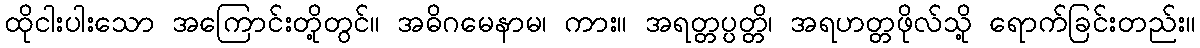
ထိုငါးပါးသော အကြောင်းတို့တွင်။ အဓိဂမေနာမ၊ ကား။ အရတ္တပ္ပတ္တိ၊ အရဟတ္တဖိုလ်သို့ ရောက်ခြင်းတည်း။